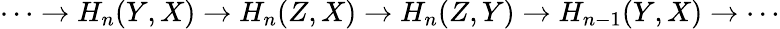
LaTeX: \begin{array}{r}{\dots\to H_{n}(Y,X)\to H_{n}(Z,X)\to H_{n}(Z,Y)\to H_{n-1}(Y,X)\to\cdots}\end{array}